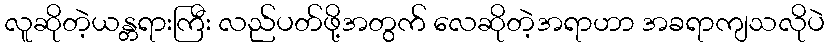
လူဆိုတဲ့ယန္တရားကြီး လည်ပတ်ဖို့အတွက် လေဆိုတဲ့အရာဟာ အခရာကျသလိုပဲ